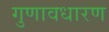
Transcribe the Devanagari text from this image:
गुणावधारण